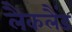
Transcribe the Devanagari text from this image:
लैकलैंड